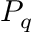
P _ { q }